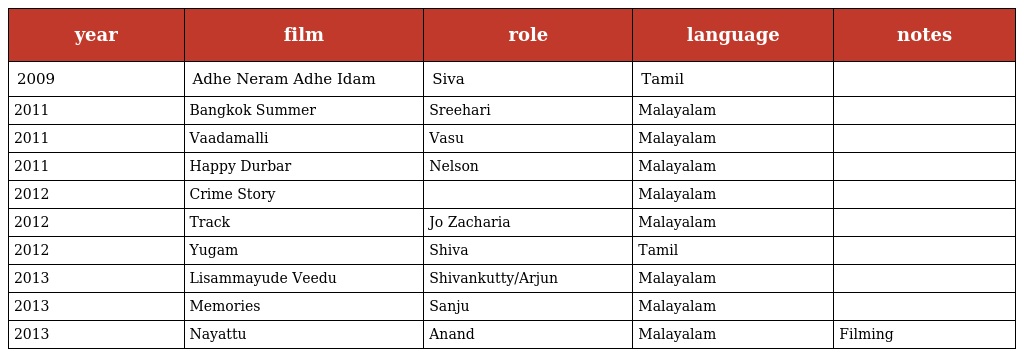
| year | film | role | language | notes |
 | --- | --- | --- | --- | --- |
 | 2009 | Adhe Neram Adhe Idam | Siva | Tamil |  |
 | 2011 | Bangkok Summer | Sreehari | Malayalam |  |
 | 2011 | Vaadamalli | Vasu | Malayalam |  |
 | 2011 | Happy Durbar | Nelson | Malayalam |  |
 | 2012 | Crime Story |  | Malayalam |  |
 | 2012 | Track | Jo Zacharia | Malayalam |  |
 | 2012 | Yugam | Shiva | Tamil |  |
 | 2013 | Lisammayude Veedu | Shivankutty/Arjun | Malayalam |  |
 | 2013 | Memories | Sanju | Malayalam |  |
 | 2013 | Nayattu | Anand | Malayalam | Filming |